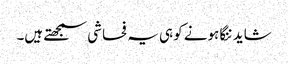
شاید ننگا ہونے کو ہی یہ فحاشی سمجھتے ہیں۔